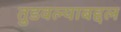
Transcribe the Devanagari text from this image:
तुडवल्याबद्दल